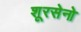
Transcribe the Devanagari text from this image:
शूरसेनो